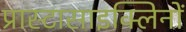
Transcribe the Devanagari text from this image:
प्रास्टासाइक्लिनों